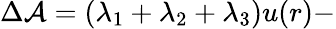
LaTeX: \Delta{\cal A}=\left(\lambda_{1}+\lambda_{2}+\lambda_{3}\right)u(r)-